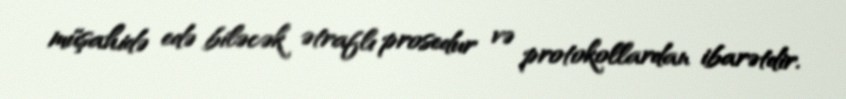
müşahidə edə biləcək ətraflı prosedur və protokollardan ibarətdir.